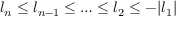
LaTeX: l _ { n } \le l _ { n - 1 } \le \ldots \le l _ { 2 } \le - | l _ { 1 } |